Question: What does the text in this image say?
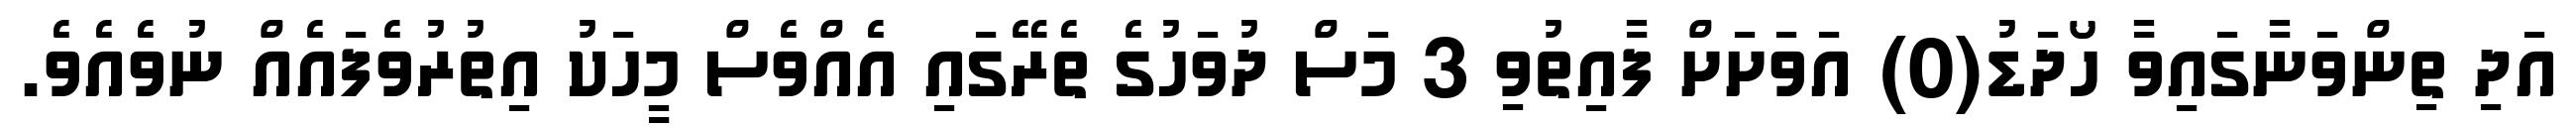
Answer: އަދި ތިންވަނާގައިވާ ހޯދަޑު(0) އަވަށަށް ފާއިތުވި 3 މަސް ދުވަހުގެ ތެރޭގައި އެއްވެސް މީހަކު އިތުރުވެފައެއް ނުވެއެވެ.